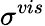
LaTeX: \sigma^{vis}